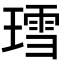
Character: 𬎅